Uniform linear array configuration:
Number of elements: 8
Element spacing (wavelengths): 1
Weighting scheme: binomial
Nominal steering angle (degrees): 45
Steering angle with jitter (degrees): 43.166
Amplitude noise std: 0.05
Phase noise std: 0.05

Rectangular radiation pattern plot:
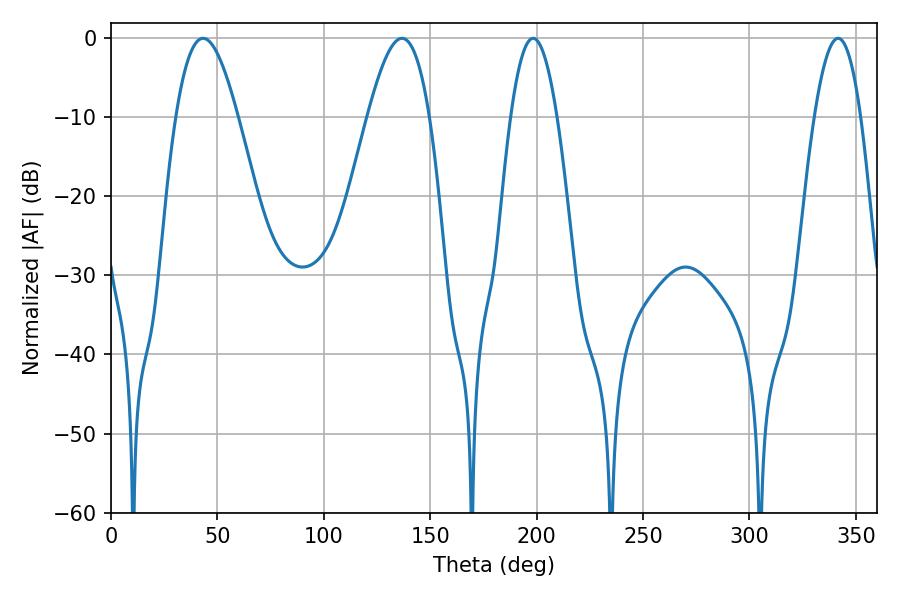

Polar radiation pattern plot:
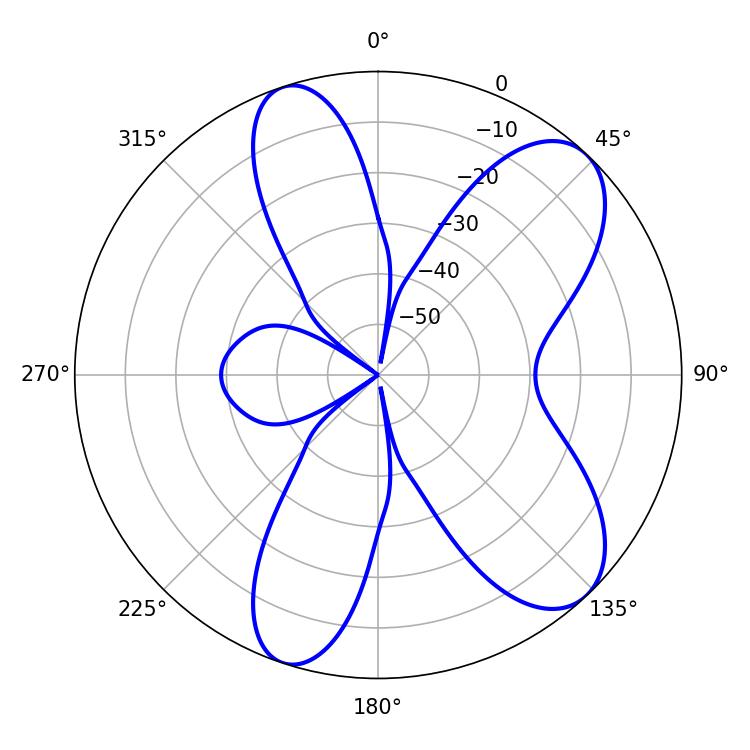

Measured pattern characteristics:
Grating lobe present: TRUE
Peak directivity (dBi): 8.628
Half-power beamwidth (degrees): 12.06
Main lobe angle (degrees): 198.36